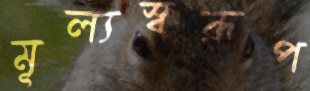
মূল্যস্বরূপ